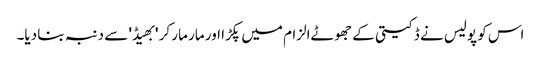
اس کو پولیس نے ڈکیتی کے جھوٹےالزام میں پکڑا اور مار مار کر 'بھیڈ' سے دنبہ بنا دیا۔